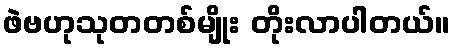
ဖဲဗဟုသုတတစ်မျိုး တိုးလာပါတယ်။